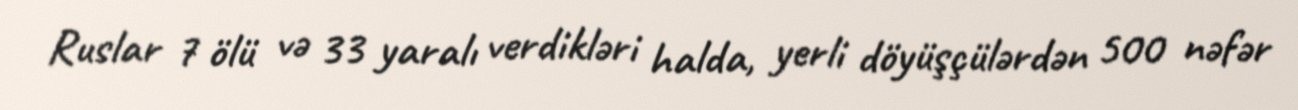
Ruslar 7 ölü və 33 yaralı verdikləri halda, yerli döyüşçülərdən 500 nəfər